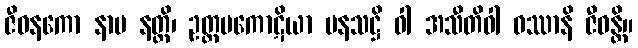
ဇီဝနကော နာမ နတ္ထိ၊ ဥတ္တမကောဋိယာ ပနသဋ္ဌိ ဝါ အသီတိဝါ ဝဿာနိ ဇီဝန္တိ။